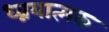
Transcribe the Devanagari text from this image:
ध्व्नयात्मक